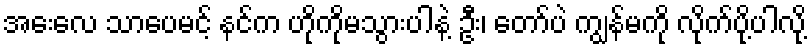
အေးလေ သာပေမင့် နင်က ဟိုကိုမသွားပါနဲ့ ဦး၊ တော်ပဲ ကျွန်မကို လိုက်ပို့ပါလို့